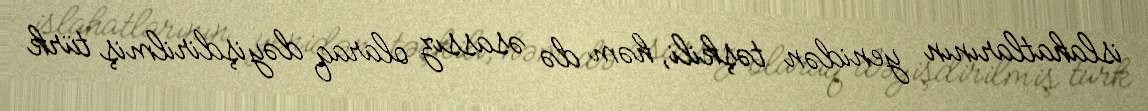
islahatlarının yenidən təşkili, həm də əsassız olaraq dəyişdirilmiş türk